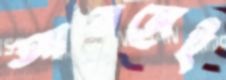
আরজেই